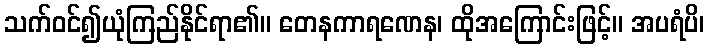
သက်ဝင်၍ယုံကြည်နိုင်ရာ၏။ တေနကာရဏေန၊ ထိုအကြောင်းဖြင့်။ အပရံပိ၊